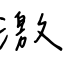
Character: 激